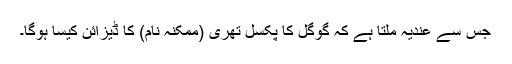
جس سے عندیہ ملتا ہے کہ گوگل کا پکسل تھری (ممکنہ نام) کا ڈیزائن کیسا ہوگا۔